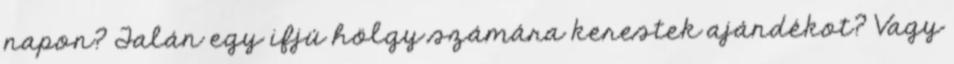
napon? Talán egy ifjú hölgy számára kerestek ajándékot? Vagy